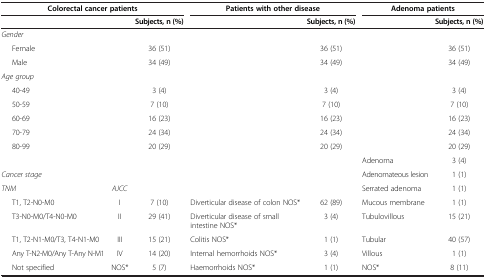
<table><thead><tr><td colspan="3"><b>Colorectal cancer patients</b></td><td colspan="2"><b>Patients with other disease</b></td><td colspan="2"><b>Adenoma patients</b></td></tr><tr><td>[EMPTY_CELL]</td><td>[EMPTY_CELL]</td><td><b>Subjects, n (%)</b></td><td>[EMPTY_CELL]</td><td><b>Subjects, n (%)</b></td><td>[EMPTY_CELL]</td><td><b>Subjects, n (%)</b></td></tr></thead><tbody><tr><td colspan="7"><i>Gender</i></td></tr><tr><td>Female</td><td>[EMPTY_CELL]</td><td>36 (51)</td><td>[EMPTY_CELL]</td><td>36 (51)</td><td>[EMPTY_CELL]</td><td>36 (51)</td></tr><tr><td>Male</td><td>[EMPTY_CELL]</td><td>34 (49)</td><td>[EMPTY_CELL]</td><td>34 (49)</td><td>[EMPTY_CELL]</td><td>34 (49)</td></tr><tr><td colspan="7"><i>Age group</i></td></tr><tr><td>40-49</td><td>[EMPTY_CELL]</td><td>3 (4)</td><td>[EMPTY_CELL]</td><td>3 (4)</td><td>[EMPTY_CELL]</td><td>3 (4)</td></tr><tr><td>50-59</td><td>[EMPTY_CELL]</td><td>7 (10)</td><td>[EMPTY_CELL]</td><td>7 (10)</td><td>[EMPTY_CELL]</td><td>7 (10)</td></tr><tr><td>60-69</td><td>[EMPTY_CELL]</td><td>16 (23)</td><td>[EMPTY_CELL]</td><td>16 (23)</td><td>[EMPTY_CELL]</td><td>16 (23)</td></tr><tr><td>70-79</td><td>[EMPTY_CELL]</td><td>24 (34)</td><td>[EMPTY_CELL]</td><td>24 (34)</td><td>[EMPTY_CELL]</td><td>24 (34)</td></tr><tr><td>80-99</td><td>[EMPTY_CELL]</td><td>20 (29)</td><td>[EMPTY_CELL]</td><td>20 (29)</td><td>[EMPTY_CELL]</td><td>20 (29)</td></tr><tr><td>[EMPTY_CELL]</td><td>[EMPTY_CELL]</td><td>[EMPTY_CELL]</td><td>[EMPTY_CELL]</td><td>[EMPTY_CELL]</td><td>Adenoma</td><td>3 (4)</td></tr><tr><td><i>Cancer stage</i></td><td>[EMPTY_CELL]</td><td>[EMPTY_CELL]</td><td>[EMPTY_CELL]</td><td>[EMPTY_CELL]</td><td>Adenomateous lesion</td><td>1 (1)</td></tr><tr><td><i>TNM</i></td><td><i>AJCC</i></td><td>[EMPTY_CELL]</td><td>[EMPTY_CELL]</td><td>[EMPTY_CELL]</td><td>Serrated adenoma</td><td>1 (1)</td></tr><tr><td>T1, T2-N0-M0</td><td>I</td><td>7 (10)</td><td>Diverticular disease of colon NOS*</td><td>62 (89)</td><td>Mucous membrane</td><td>1 (1)</td></tr><tr><td>T3-N0-M0/T4-N0-M0</td><td>II</td><td>29 (41)</td><td>Diverticular disease of small intestine NOS*</td><td>3 (4)</td><td>Tubulovillous</td><td>15 (21)</td></tr><tr><td>T1, T2-N1-M0/T3, T4-N1-M0</td><td>III</td><td>15 (21)</td><td>Colitis NOS*</td><td>1 (1)</td><td>Tubular</td><td>40 (57)</td></tr><tr><td>Any T-N2-M0/Any T-Any N-M1</td><td>IV</td><td>14 (20)</td><td>Internal hemorrhoids NOS*</td><td>3 (4)</td><td>Villous</td><td>1 (1)</td></tr><tr><td>Not specified</td><td>NOS*</td><td>5 (7)</td><td>Haemorrhoids NOS*</td><td>1 (1)</td><td>NOS*</td><td>8 (11)</td></tr></tbody></table>